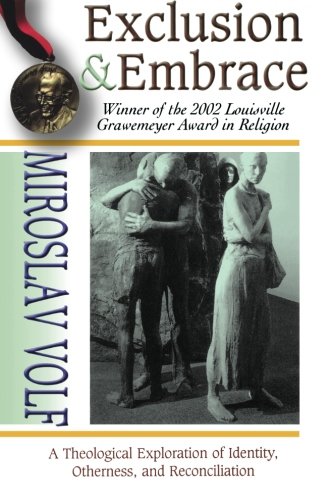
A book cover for Exclusion & Embrace: A Theological Exploration of Identity, Otherness, and Reconciliation; Miroslav Volf; Christian Books & Bibles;